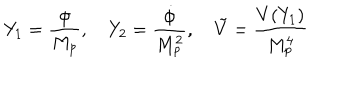
Y _ { 1 } = { \frac { \phi } { M _ { p } } } , \quad Y _ { 2 } = { \frac { \dot { \phi } } { M _ { p } ^ { 2 } } } , \quad \tilde { V } = { \frac { V ( Y _ { 1 } ) } { M _ { p } ^ { 4 } } }